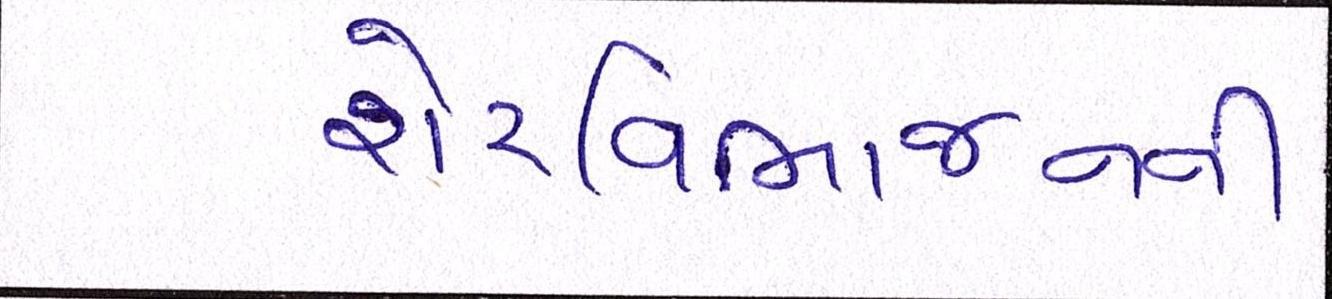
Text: શેરવિભાજનની